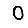
Digit: 0